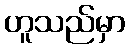
ဟူသည်မှာ